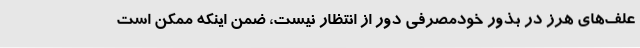
علف‌های هرز در بذور خودمصرفی دور از انتظار نیست، ضمن اینکه ممکن است